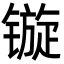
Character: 镟